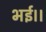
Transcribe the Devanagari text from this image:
भई।।